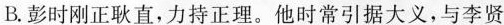
B彭时刚正耿直，持正理。他时常引器大义，与李贤